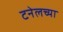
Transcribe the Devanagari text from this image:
टनेलच्या